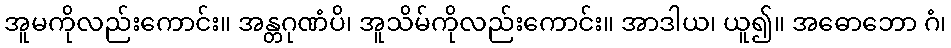
အူမကိုလည်းကောင်း။ အန္တဂုဏံပိ၊ အူသိမ်ကိုလည်းကောင်း။ အာဒါယ၊ ယူ၍။ အဓောဘော ဂံ၊